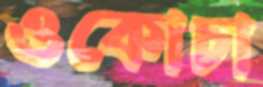
ওকোচা